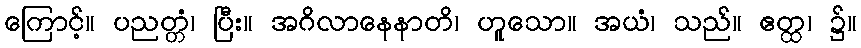
ကြောင့်။ ပညတ္တံ၊ ပြီး။ အဂိလာနေနာတိ၊ ဟူသော။ အယံ၊ သည်။ ဧတ္ထ၊ ၌။